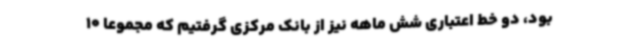
بود، دو خط اعتباری شش ماهه نیز از بانک مرکزی گرفتیم که مجموعاً 10